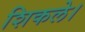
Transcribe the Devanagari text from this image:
शिकले।